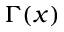
\Gamma ( x )